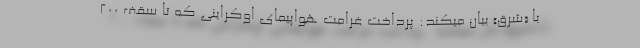
با «شرق» بیان میكند: پرداخت غرامت هواپیمای اوكراینی که تا سقف 200